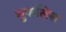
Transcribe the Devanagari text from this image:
मुफलिस